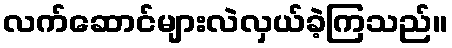
လက်ဆောင်များလဲလှယ်ခဲ့ကြသည်။